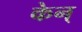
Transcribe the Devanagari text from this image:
केन्